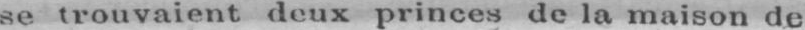
se trouvaient deux princes de la maison de